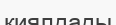
қиялдады